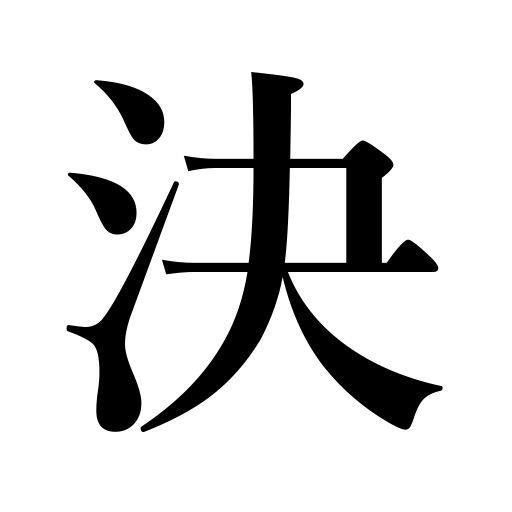
Meanings: vote,decision,fix,choose,agree upon,decide,resolve,be settled,be decided,be arranged,be certain to,be doomed to,appoint